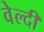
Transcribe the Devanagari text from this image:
वेल्दी